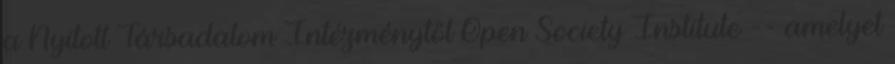
a Nyitott Társadalom Intézménytől Open Society Institute -- amelyet